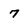
Character: 7